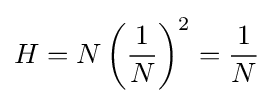
{\textstyle H=N\left({\dfrac {1}{N}}\right)^{2}={\dfrac {1}{N}}}